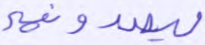
ليصدونهم